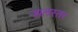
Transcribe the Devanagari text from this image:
जालस्तर